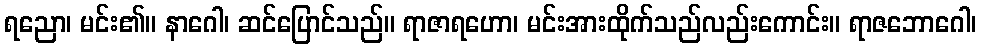
ရညော၊ မင်း၏။ နာဂေါ၊ ဆင်ပြောင်သည်။ ရာဇာရဟော၊ မင်းအားထိုက်သည်လည်းကောင်း။ ရာဇဘောဂေါ၊